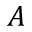
A